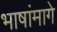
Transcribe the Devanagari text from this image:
भाषांमागे